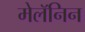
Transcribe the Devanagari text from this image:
मेलॅनिन